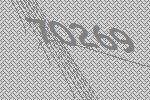
70269